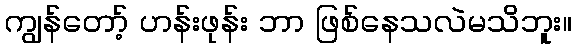
ကျွန်တော့် ဟန်းဖုန်း ဘာ ဖြစ်နေသလဲမသိဘူး။